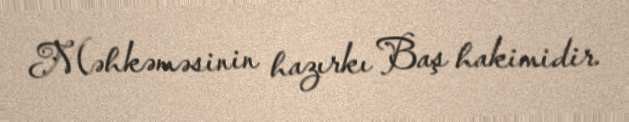
Məhkəməsinin hazırkı Baş hakimidir.